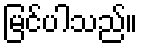
မြင်ပါသည်။